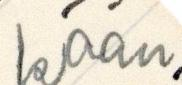
kään